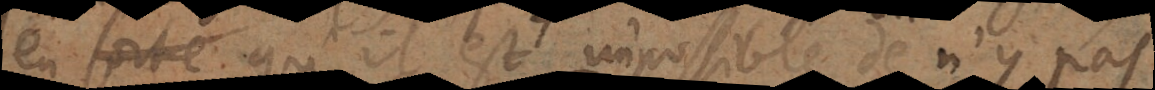
en [sorte] qu’il est presque impossible de n’y pas